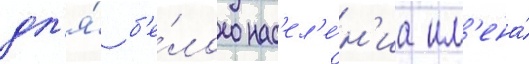
дл'я́ б'е́лого нас'ел'е́н'иа им'ена́